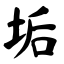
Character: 垢